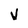
Character: V